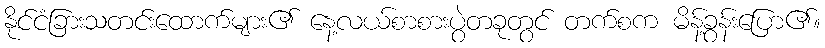
နိုင်ငံခြားသတင်းထောက်များ၏ နေ့လယ်စာစားပွဲတခုတွင် တက်စက မိန့်ခွန်းပြော၏။